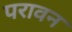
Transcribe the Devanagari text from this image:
परावन